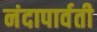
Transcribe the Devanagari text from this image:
नंदापार्वती